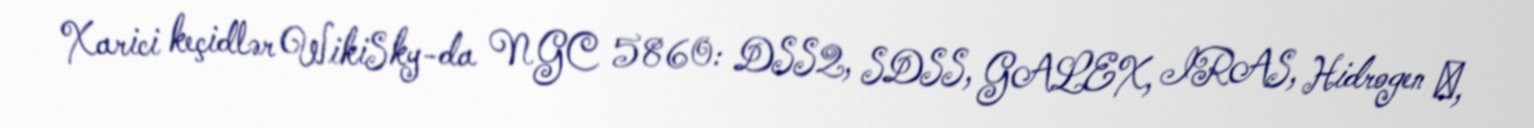
Xarici keçidlər WikiSky-da NGC 5860: DSS2, SDSS, GALEX, IRAS, Hidrogen α,